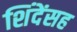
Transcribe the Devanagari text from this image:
शिंदेंसह